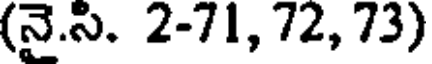
(నై.సి. 2-71, 72, 73)